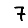
Digit: 7